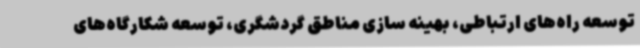
توسعه راه‌های ارتباطی، بهینه سازی مناطق گردشگری، توسعه شکارگاه‌های